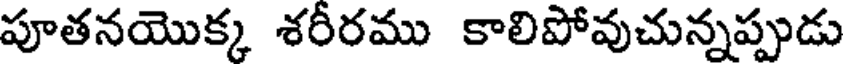
పూతనయొక్క శరీరము కాలిపోవుచున్నప్పుడు